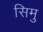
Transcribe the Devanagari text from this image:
सिमु